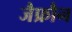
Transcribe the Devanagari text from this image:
जैफ्रौन